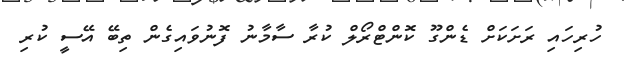
ހުރިހައި ރަށަކަށް ޑެންގޫ ކޮންޓްރޯލް ކުރާ ސާމާނު ފޮނުވައިގެން ތިބޭ އޭސީ ކުރި